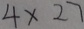
4 \times 2 7